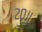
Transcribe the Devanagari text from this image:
२०॥